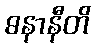
ဓနာနီတိ